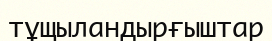
тұщыландырғыштар